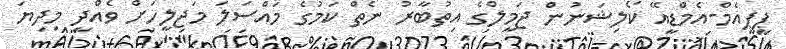
ޕީޕީއެމް-އެމްޑީއޭ ކޯލިޝަނުން ޖަމީލްގެ އިތުބާރު ނެތް ކަމުގެ މައްސަލަ މަޖިލީހަށް ވެއްދީ މިދިޔަ